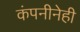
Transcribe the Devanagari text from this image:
कंपनीनेही